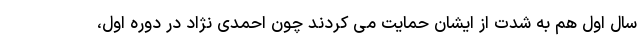
سال اول هم به شدت از ایشان حمایت می کردند چون احمدی نژاد در دوره اول،